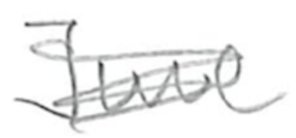
Text: June
Cross-out: scratch
Writing tool: pencil